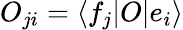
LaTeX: O_{ji}=\langle f_{j}|O|e_{i}\rangle